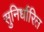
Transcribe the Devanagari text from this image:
सुनिर्धारित